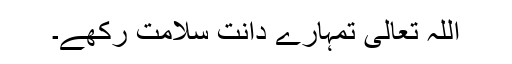
اللہ تعالیٰ تمہارے دانت سلامت رکھے۔